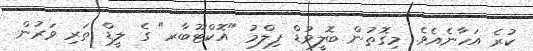
ކުރެ އަހާނެއެވެ. މިގޮތުން ބޮލީވުޑް ފިލްމު "އޮކްޓޫބާރ" ގެ ލީޑް ތަރި ވަރުން